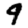
Digit: 9